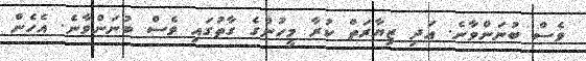
ވެސް ބުނަންވާނެ. އަދި ޒިޔާރަތް ކުރާ މީހުންގެ ގާތުގައި ވެސް ބުނަންވާނެ. އެހެން